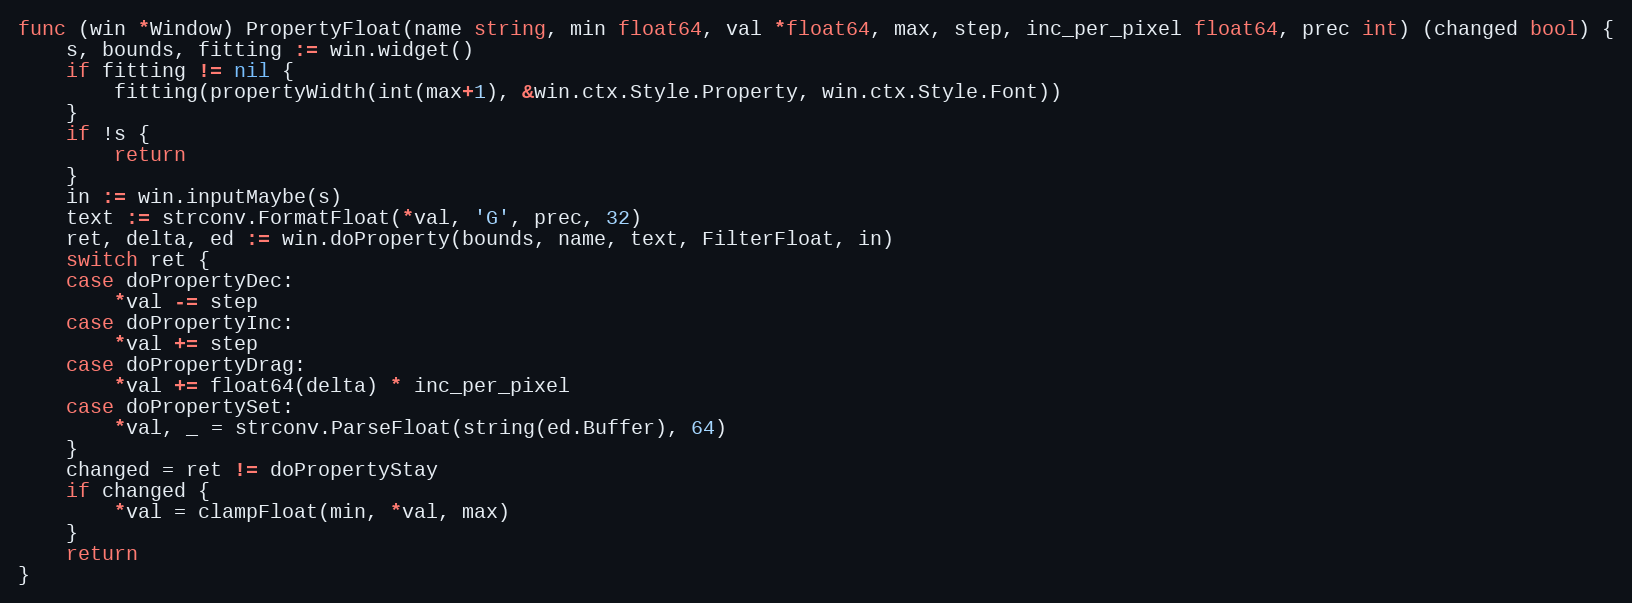
Language: Go
func (win *Window) PropertyFloat(name string, min float64, val *float64, max, step, inc_per_pixel float64, prec int) (changed bool) {
	s, bounds, fitting := win.widget()
	if fitting != nil {
		fitting(propertyWidth(int(max+1), &win.ctx.Style.Property, win.ctx.Style.Font))
	}
	if !s {
		return
	}
	in := win.inputMaybe(s)
	text := strconv.FormatFloat(*val, 'G', prec, 32)
	ret, delta, ed := win.doProperty(bounds, name, text, FilterFloat, in)
	switch ret {
	case doPropertyDec:
		*val -= step
	case doPropertyInc:
		*val += step
	case doPropertyDrag:
		*val += float64(delta) * inc_per_pixel
	case doPropertySet:
		*val, _ = strconv.ParseFloat(string(ed.Buffer), 64)
	}
	changed = ret != doPropertyStay
	if changed {
		*val = clampFloat(min, *val, max)
	}
	return
}